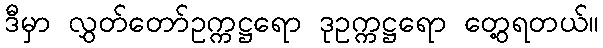
ဒီမှာ လွှတ်တော်ဥက္ကဋ္ဌရော ဒုဥက္ကဋ္ဌရော တွေ့ရတယ်။